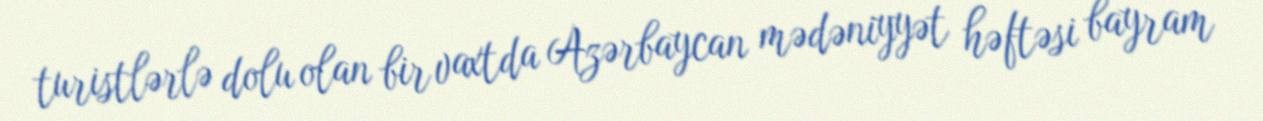
turistlərlə dolu olan bir vaxtda Azərbaycan mədəniyyət həftəsi bayram